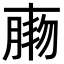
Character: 𦝸